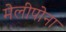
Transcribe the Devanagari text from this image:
मेलीपोना